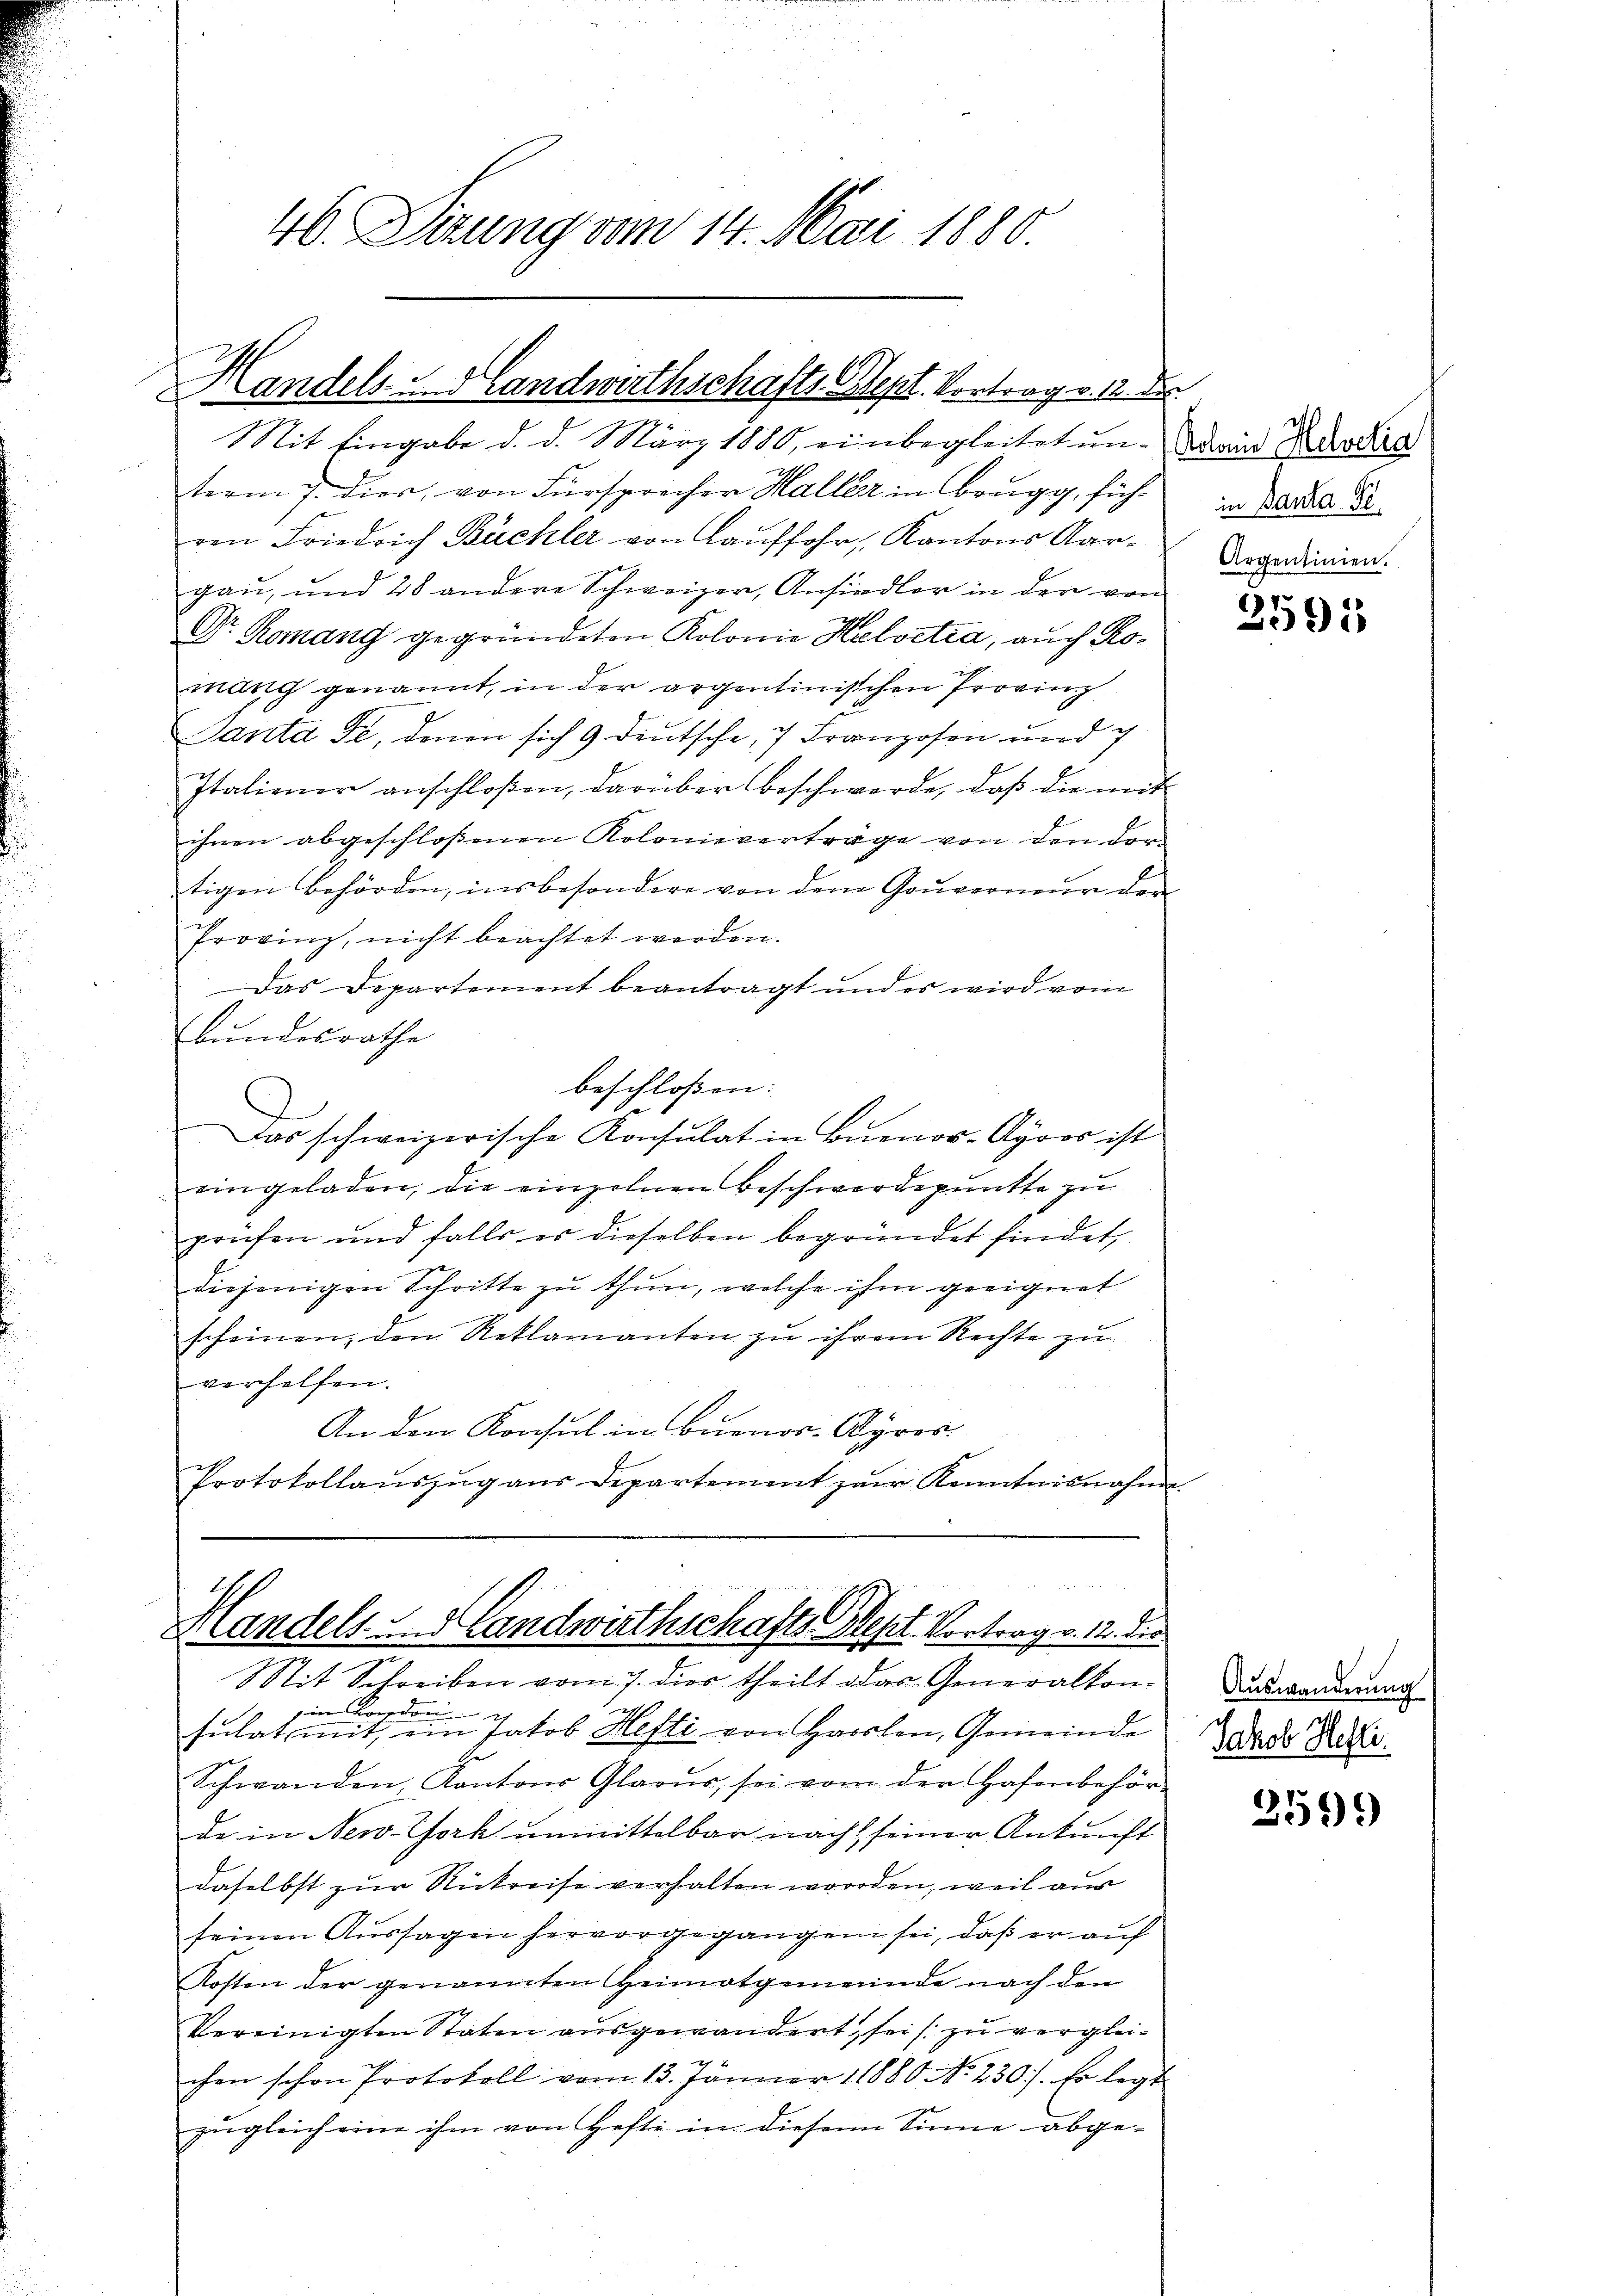
46. Sitzung vom 14. Mai 1880.

Handels Handwirthschafts Sept. Vortrag v. 12. Der

Mit Eingabe d. d. März 1880, einbegleitet un- Wand die
term 7. Dier, von Fürsprocher Haller in Brugg, führen Friedrich Büchler von Lauffahr, Kantons Aargau, und 28 andere Schweizer, Ansiedler in der von
Dr. Romang gegründeten Kolonie Helvetia, auch Romanig genannt, in der argentinischen Provinz
Ganta de, denen sich 9 deutsche, 7 Franzosen und g
Italiener anschloßen, darüber beschwerde, daß die mit
ihnen abgeschlossenen Kolonieverträge von den dortigen Behörden, insbesondere von dem Gouverneur den
Provinz, nicht beachtet werden.
Das Departement beantragt und es wird vom
bundesrathe
beschlossen: |
Das schweizerische Konsulat in Buenos-Ayros ist
eingeladen, die einzelnen Beschwerdepunkte zu
prüfen und falls es dieselben begründet findet,
diejenigen Schritte zu thun, welche ihm geeignet
scheinen, den Reklamanten zu ihrem Rechte zu
verhelfen.
An den Konsul in Buenos-Ayres.
Protokollaŭszŭg aŭs Departement zŭr Kenntnisnahme

4 x
Handels Landwirthschafts Sept. Vortrag v. 12. die
it Schreiben vom 7. dies theilt das Generalkon¬

in Boden
sulat mit, ein Jakob Hefti von Haslen, Gemeinde
Er
Schwanden, Kantons Glarus, sei vom der Hafenbehör-
de in New York unmittelbar nach seiner Ankunft
daselbst zur Rückreise verhalten worden, weil aus
seinen Aussagen hervorgegangen sei, daß er auf
Kosten der genannten Heimatgemeinde nach den
Vereinigten Staten ausgewandert, sei (zu vergleichen schon Protokoll vom 13. Jänner 1880 No 230). Er legt
zugleich eine ihm von Hefti in diesem Sinne abge¬

in Baula Se.
Argentinien.

7
2391

Auswanderung
Jakob Hefti

359).